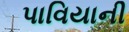
પાવિયાની